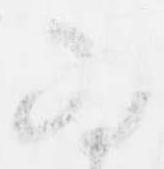
為